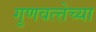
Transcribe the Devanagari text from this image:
गुणवत्त्तेच्या